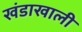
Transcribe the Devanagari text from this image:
खंडाखाली